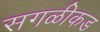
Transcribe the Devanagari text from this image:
सगळीकड